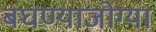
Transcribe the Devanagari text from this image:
बघण्याजोग्या